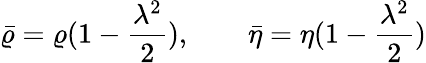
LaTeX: \bar{\varrho}=\varrho(1-\frac{\lambda^{2}}{2}),\qquad\bar{\eta}=\eta(1-\frac{\lambda^{2}}{2})